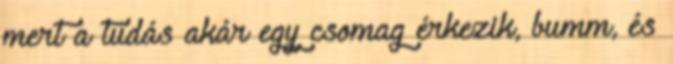
mert a tudás akár egy csomag érkezik, bumm, és